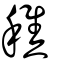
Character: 穛